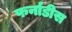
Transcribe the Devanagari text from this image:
फर्नाडीस